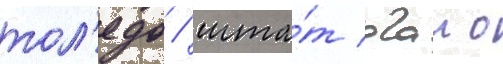
тол'едо / шта́т огаио